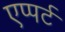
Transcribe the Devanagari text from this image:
एप्पर्ट